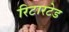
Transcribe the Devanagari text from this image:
रिटारटेड